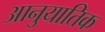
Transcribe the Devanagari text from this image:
आनुयातिक